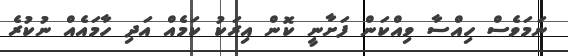
ނަމަވެސް ހިއްސާ ވިއްކަން ފަށާނީ ކޮން އިރަކު ކަމެއް އަދި ހާމައެއް ނުކުރެ